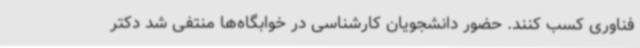
فناوری کسب کنند. حضور دانشجویان کارشناسی در خوابگاه‌ها منتفی شد دکتر